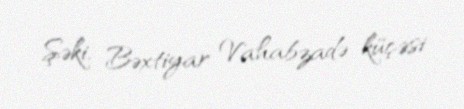
Şəki, Bəxtiyar Vahabzadə küçəsi